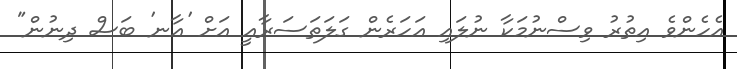
އެހެންވެ އިތުރު ވިސްނުމަކާ ނުލައި އަހަރެން ގަލަތަސަރާއީ އަށް 'އާނ' ބަސް ދިނުން"